Document type: Sale
Year: 1290
Scribe: Miquel Rotllan
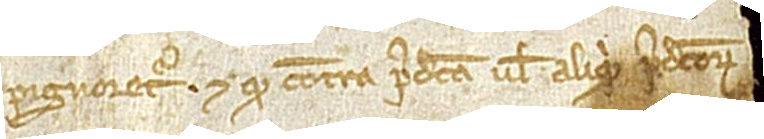
pignoretur. Et quod contra predicta vel aliquid predictorum [...]